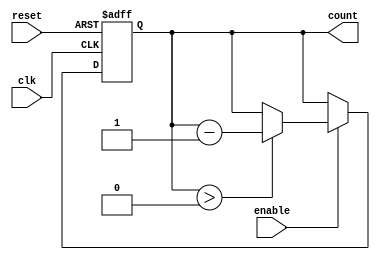
module binary_down_counter #(
    parameter N = 15  // Maximum count value (0 to N)
)(
    input wire clk,        // Clock input
    input wire reset,      // Asynchronous reset input
    input wire enable,     // Count enable input
    output reg [N:0] count // Counter output
);

    // Initial count value
    initial begin
        count = N; // Start counting from N
    end

    // Always block for synchronous reset and counting
    always @(posedge clk or posedge reset) begin
        if (reset) begin
            count <= N; // Reset to maximum count value
        end else if (enable) begin
            if (count > 0) begin
                count <= count - 1; // Decrement the count
            end
        end
    end

endmodule